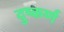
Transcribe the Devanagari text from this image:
दुष्कर्ण